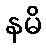
နမိ